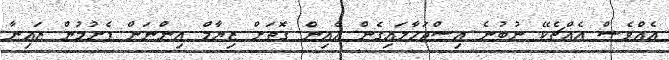
އެއްވެސް އެއްޗެކޭ ނުބުނެ އިސްޖަހާލައިގެން އެއިން ގޮތަށް ޒިޔާމް އިންނަން ފެށުމުން ޒައިނާ